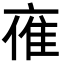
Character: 𪜤